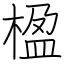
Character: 楹